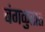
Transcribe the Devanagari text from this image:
बंगळुरात